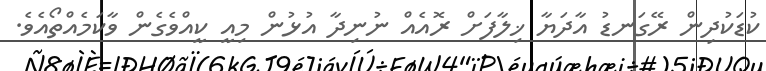
ކުޑަކުދިން ރޭގަނޑު އާދަޔާ ޚިލާފަށް ރޮއެއް ނުނިދާ އުޅުން މިއީ ކީއްވެގެން ވާކަމެއްތޯއެވެ.